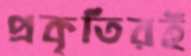
প্রকৃতিরই